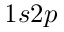
1 s 2 p